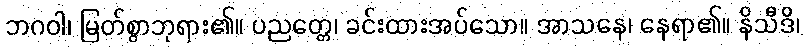
ဘဂဝါ၊ မြတ်စွာဘုရား၏။ ပညတ္တေ၊ ခင်းထားအပ်သော။ အာသနေ၊ နေရာ၏။ နိသီဒိ၊